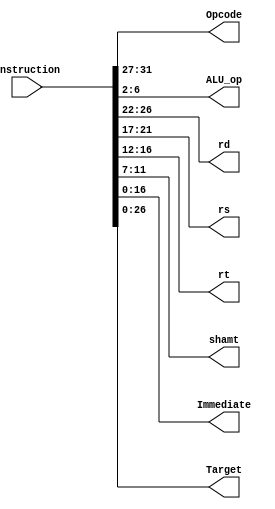
module instruction_decoder (instruction, Opcode, ALU_op, rd, rs, rt, shamt, Immediate, Target);

   //Inputs
   input[31:0] instruction;

   //Output
   output [4:0] Opcode, rd, rs, rt, shamt, ALU_op;
   output [16:0] Immediate;
   output [26:0] Target;

   assign Opcode = instruction[31:27];
   assign rd = instruction[26:22];
   assign rs = instruction[21:17];
   assign rt = instruction[16:12];
   assign shamt = instruction[11:7];
   assign ALU_op = instruction[6:2];

   assign Immediate = instruction[16:0];
   assign Target = instruction[26:0];


endmodule